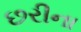
છરીના